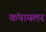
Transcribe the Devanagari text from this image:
कंपायलर